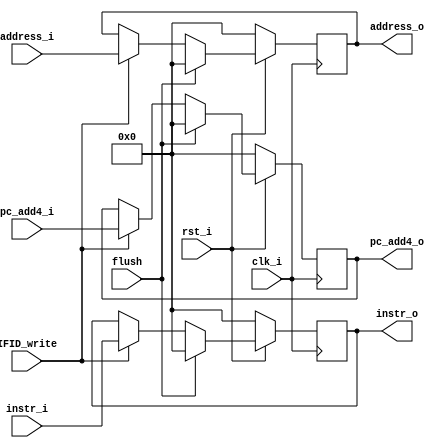
/***************************************************
Student Name:_
Student ID: group10_0711099_0810749
***************************************************/
module IF_register (clk_i, rst_i,IFID_write,address_i, instr_i,pc_add4_i, address_o, instr_o,flush,pc_add4_o);

	input clk_i ;
	input rst_i;
	input IFID_write;
	input [31:0] address_i;
	input [31:0] instr_i;
	input [31:0] pc_add4_i;
	input flush;
	output reg [31:0] address_o;
	output reg [31:0] instr_o;
	output reg [31:0] pc_add4_o;

always @(posedge clk_i) begin
	if(~rst_i) begin  //reset
		address_o <= 0;
		instr_o <= 0;
		pc_add4_o <= 0;
	end
	else if(flush)begin
		address_o <= 0;
		instr_o <= 0;
		pc_add4_o <= 0;
	end
	else if(IFID_write) begin
		address_o <= address_i;
		instr_o <= instr_i;
		pc_add4_o <= pc_add4_i;
	end
end

endmodule